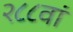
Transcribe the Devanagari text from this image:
२८८वां